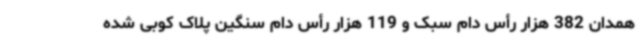
همدان 382 هزار رأس دام سبک و 119 هزار رأس دام سنگین پلاک کوبی شده‌